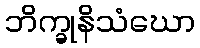
ဘိက္ခုနိသံဃော